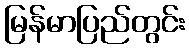
မြန်မာပြည်တွင်း